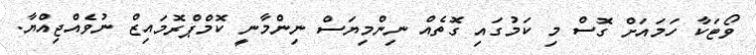
ވޯޓަކާ ހަމައަށް ގޮސް މި ކަމުގައި ގޮތެއް ނިންމިޔަސް ނިންމާނީ ކޮމްޕްރޮމައިޒް ނުވެއްޖިއްޔާ.